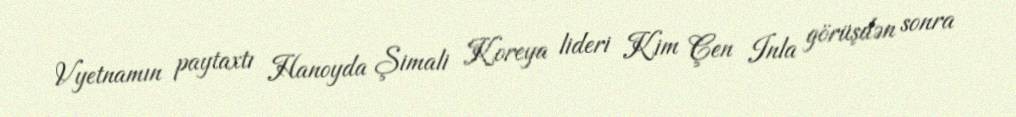
Vyetnamın paytaxtı Hanoyda Şimali Koreya lideri Kim Çen Inla görüşdən sonra